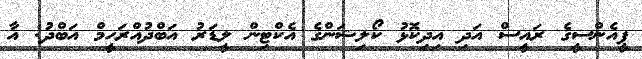
ޕީއެންސީގެ ރައީސް އަދި އިދިކޮޅު ކޯލިޝަންގެ އެކްޓިން ލީޑަރު އަބްދުއްރަހީމް އަބްދު: އާ